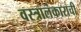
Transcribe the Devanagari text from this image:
वस्त्रालंकाराची